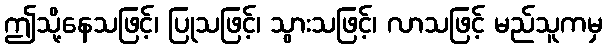
ဤသို့နေသဖြင့်၊ ပြုသဖြင့်၊ သွားသဖြင့်၊ လာသဖြင့် မည်သူကမှ